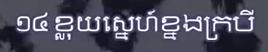
១៤ ខ្លុយស្នេហ៍ខ្នងក្របី